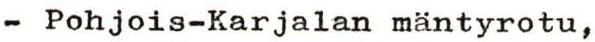
- Pohjois-Karjalan mäntyrotu,